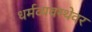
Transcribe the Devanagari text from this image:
धर्मव्यवस्थेवर